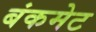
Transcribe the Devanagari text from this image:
बंकमेट